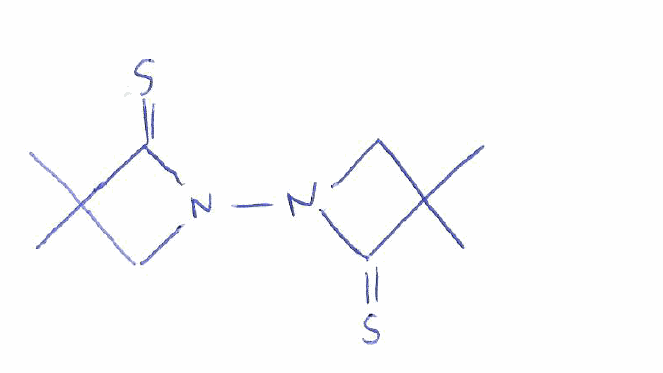
Simplified molecular-input line-entry system (SMILES) notation of the given molecule:
CC1(CN(C1=S)N2CC(C2=S)(C)C)C